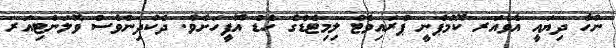
ނުހާ ދިޔައީ އެވެއަރ ކޮމްޕެނީ ޕްރައިވެޓް ލިމިޓެޑްގެ ހެޑް އޮފީހަށެވެ. ދެކުދިންވެސް ވޮލަންޓިއަރ